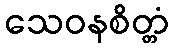
သေဝနစိတ္တံ